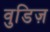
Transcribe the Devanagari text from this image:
वुडिज़